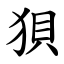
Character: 狽